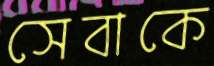
সেবাকে